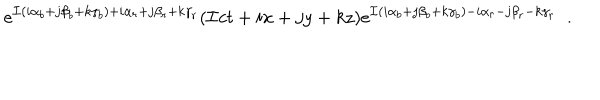
e ^ { { \cal I } ( i \alpha _ { b } + j \beta _ { b } + k \gamma _ { b } ) + i \alpha _ { r } + j \beta _ { r } + k \gamma _ { r } } ( { \cal I } c t + i x + j y + k z ) e ^ { { \cal I } ( i \alpha _ { b } + j \beta _ { b } + k \gamma _ { b } ) - i \alpha _ { r } - j \beta _ { r } - k \gamma _ { r } } \; \; .